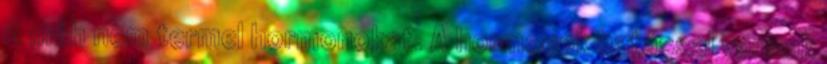
A méh nem termel hormonokat. A hormonok hatással vannak